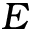
E